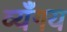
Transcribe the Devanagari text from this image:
व्यँगय